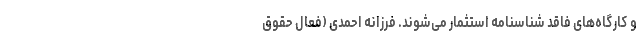
و کارگاه‌های فاقد شناسنامه استثمار می‌شوند. فرزانه احمدی (فعال حقوق